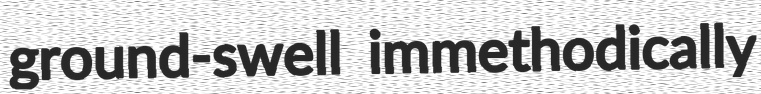
ground-swell immethodically